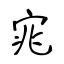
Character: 宨